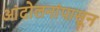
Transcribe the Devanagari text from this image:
आंदोलनांपासून